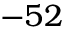
- 5 2